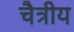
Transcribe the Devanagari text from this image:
चैत्रीय